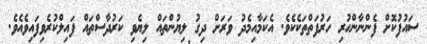
ސައުފުކޮށް ފެންނާންހުރި ހަރުފަތްތަކެކެވެ. އެކަމާއިމެދު ވަރަށް ދިގު ލިޔުންތައް ލިޔެވި ކަރުދާސްތައް ފައިލްކުރެވިފައިވެއެވެ.